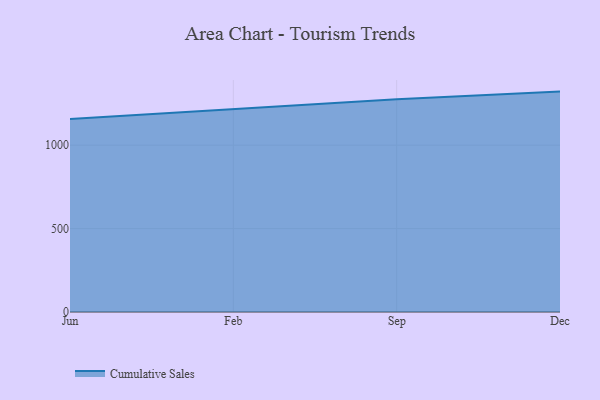
{"axis": {"x": "Month", "y": "Market Share (%)"}, "legend": ["Cumulative Sales"], "data": [{"x": "Jun", "y": 1157.4, "type": "Cumulative Sales"}, {"x": "Feb", "y": 1216.1, "type": "Cumulative Sales"}, {"x": "Sep", "y": 1274.9, "type": "Cumulative Sales"}, {"x": "Dec", "y": 1321.2, "type": "Cumulative Sales"}]}